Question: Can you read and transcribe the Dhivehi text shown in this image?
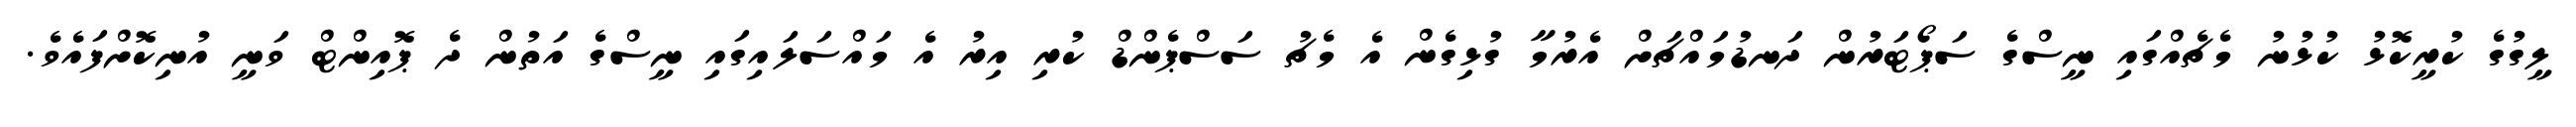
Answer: ލީގުގެ ކުރީކޮޅު ކުޅުނު މެޗެއްގައި ނީސްގެ ސަޕޯޓަރުން ދަނޑުމައްޗަށް އެރުމާ ގުޅިގެން އެ މެޗު ސަސްޕެންޑް ކުރި އިރު އެ މައްސަލައިގައި ނީސްގެ އަތުން ދެ ޕޮއިންޓް ވަނީ އުނިކޮށްފައެވެ.